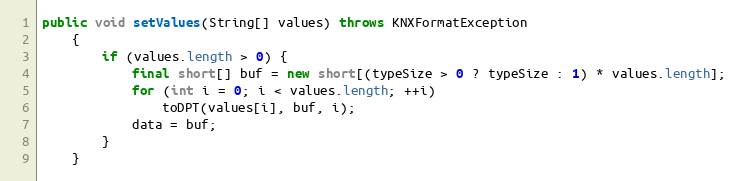
Language: Java
public void setValues(String[] values) throws KNXFormatException
	{
		if (values.length > 0) {
			final short[] buf = new short[(typeSize > 0 ? typeSize : 1) * values.length];
			for (int i = 0; i < values.length; ++i)
				toDPT(values[i], buf, i);
			data = buf;
		}
	}